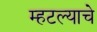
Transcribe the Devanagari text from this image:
म्हटल्याचे